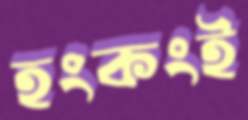
হংকংই